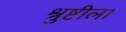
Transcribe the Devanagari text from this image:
श्रुष्टीला